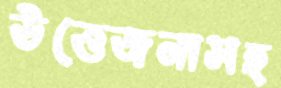
উত্তেজনাসহ